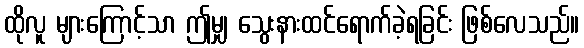
ထိုလူ များကြောင့်သာ ဤမျှ သွေးနားထင်ရောက်ခဲ့ရခြင်း ဖြစ်လေသည်။